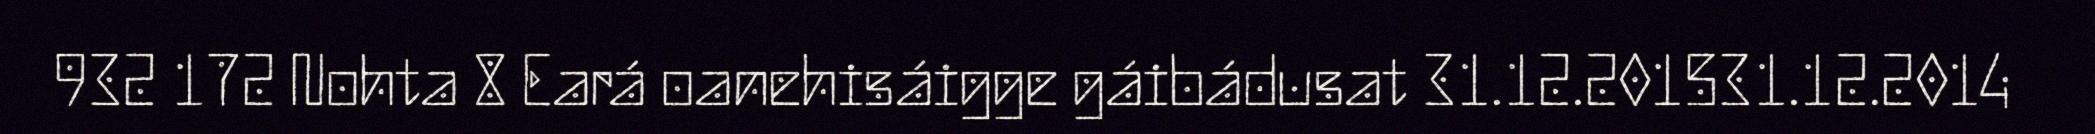
932 172 Nohta 8 Eará oanehisáigge gáibádusat 31.12.201531.12.2014